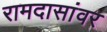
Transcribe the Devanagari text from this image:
रामदासांवर